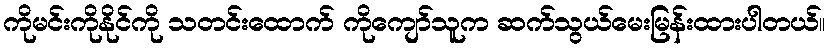
ကိုမင်းကိုနိုင်ကို သတင်းထောက် ကိုကျော်သူက ဆက်သွယ်မေးမြန်းထားပါတယ်။